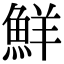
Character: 鮮